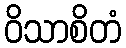
ဝိသာစိတံ